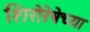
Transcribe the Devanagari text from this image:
शिरोरेषेच्या